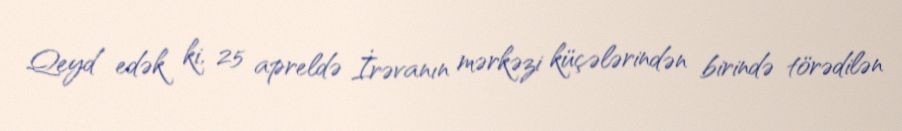
Qeyd edək ki, 25 apreldə İrəvanın mərkəzi küçələrindən birində törədilən